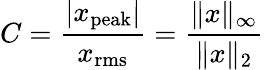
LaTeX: C={\frac{|x_{\mathrm{peak}}|}{x_{\mathrm{rms}}}}={\frac{\| x\| _{\infty}}{\| x\| _{2}}}